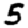
Digit: 5